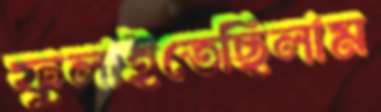
ফুলাইতেছিলাম